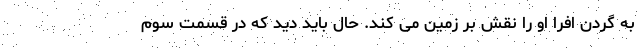
به گردن افرا او را نقش بر زمین می کند. حال باید دید که در قسمت سوم